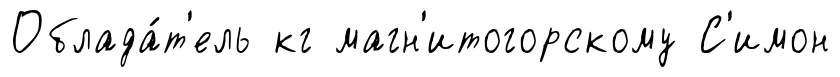
Облада́т'ель кг магн'итогорскому С'имон